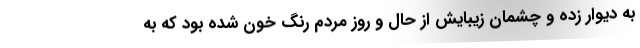
به دیوار زده و چشمان زیبایش از حال و روز مردم رنگ خون شده بود که به